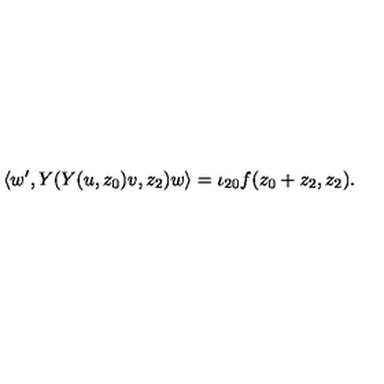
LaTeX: \langle w ^ { \prime } , Y ( Y ( u , z _ { 0 } ) v , z _ { 2 } ) w \rangle = \iota _ { 2 0 } f ( z _ { 0 } + z _ { 2 } , z _ { 2 } ) .